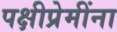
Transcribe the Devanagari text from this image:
पक्षीप्रेमींना